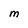
Character: M